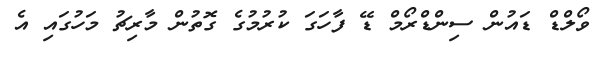
ވޯލްޑް ޑައުން ސިންޑްރޯމް ޑޭ ފާހަގަ ކުރުމުގެ ގޮތުން މާރިޗު މަހުގައި އެ